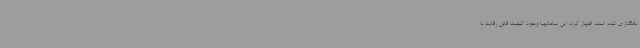
نامگذاری شده است، اظهار کرد: این سامانهبا وجود کیفیت قابل رقابت با